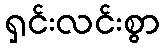
ရှင်းလင်းစွာ